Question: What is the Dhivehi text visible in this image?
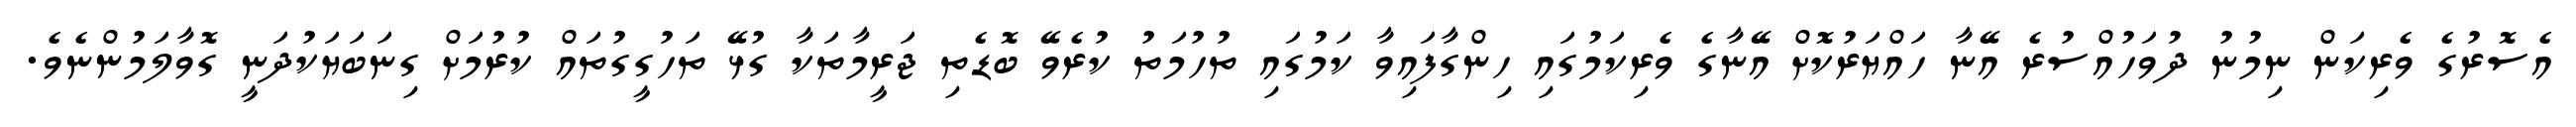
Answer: އެސޮރުގެ ވެރިކަން ނިމުނު ދުވަހުއްސުރެ އޭނާ ހައްޔަރުކޮށް އޭނާގެ ވެރިކަމުގައި ހިންގާފައިވާ ކަމުގައި ތުހުމަތު ކުރެވޭ ބޮޑެތި ޖަރީމާތަކާ ގުޅޭ ތަހުގީގުތައް ކުރުމަށް ގިނަބަޔަކުދަނީ ގޮވާލަމުންނެވެ.